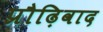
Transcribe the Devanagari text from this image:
प्रौढ़िवाद